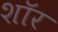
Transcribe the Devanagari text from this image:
शाॅर